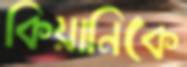
কিয়ানিকে